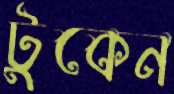
টুকেন